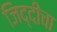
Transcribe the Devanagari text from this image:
जिद्दीचा